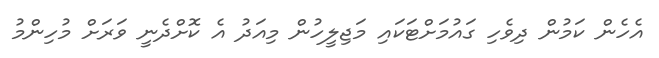
އެހެން ކަމުން ދިވެހި ގައުމަށްޓަކައި މަޖިލީހުން މިއަދު އެ ކޮށްދެނީ ވަރަށް މުހިންމު